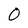
Character: 0